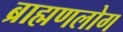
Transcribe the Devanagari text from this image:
ब्राह्मणलोग